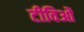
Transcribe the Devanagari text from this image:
टीविओं